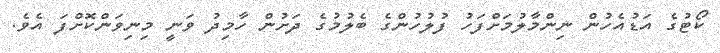
ކޯޓުގެ އަޑުއެހުން ނިންމާލުމަށްފަހު ފުލުހުންގެ ބެލުމުގެ ދަށުން ހާމިދު ވަނީ މިނިވަންކޮށްފަ އެވެ.